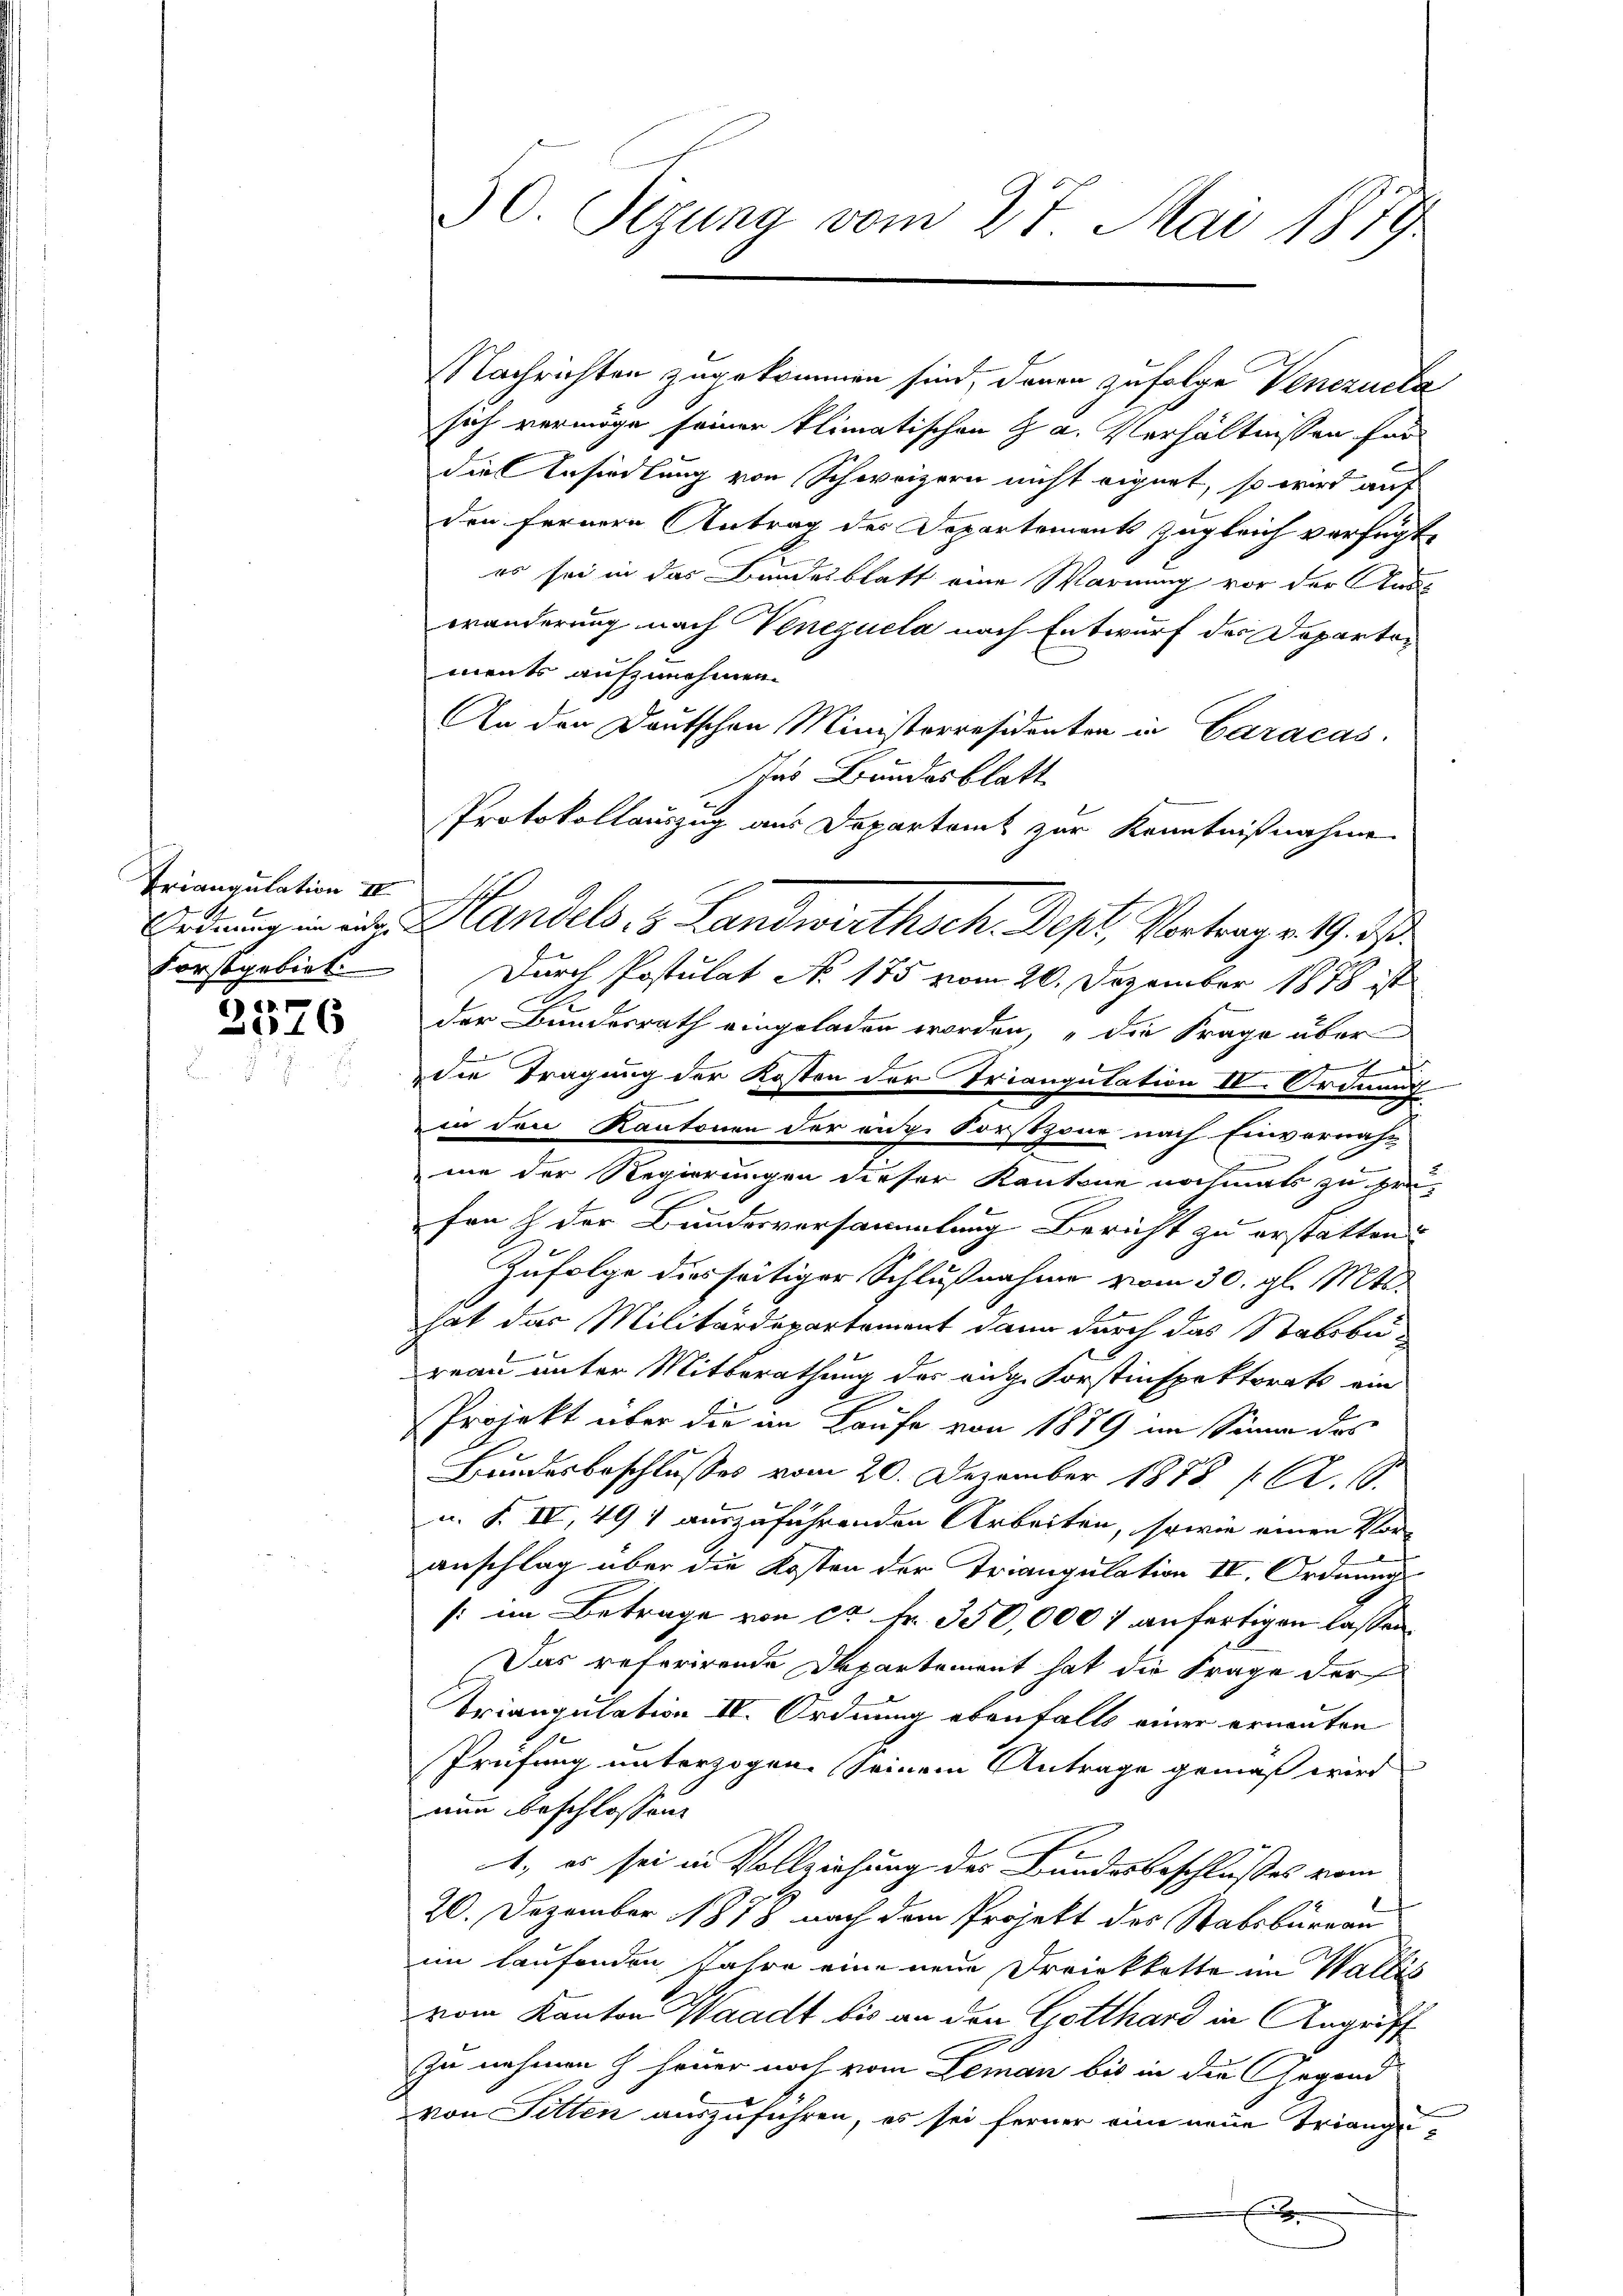
Triangulation III
Forstgelieb.

)
3016

NNachrichten zugekommen sind, denen zufolge Venezuela
sich vermöge seiner klimatischen J. a. Verhältnissen für
die Ansiedlung von Schweizern nicht eignet, so wird auf
den fernere Antrag des Departements zugleich verfügt,
es sei in das Bundesblatt eine Warnung vor der Auswänderung nach Kenequela nach Entwurf der Departoments aufzunehmen.
An den Deutschen Ministerresidenten in Caracas
Ins Bundesblatt
Protokollauszug aus Departamt zur Kenntnißnahme
Durch Postulat No. 175 vom 20. Dezember 1878 ist
der Bundesrath eingeladen worden, „die Frage über
e

die Tragung der Kosten der Triangutation IV. Ordnung
.
in den Kantonen der eige Forstzone nach Einvernah-
me der Regierungen dieser Kantone nochmals zu prü
fen & der Bundesversammlung Bericht zu erstatten
Zufolge diesseitiger Schlußnahme vom 30. gl. Mts.
hat das Militärdepartement dann durch das Stabsbu-
reau unter Mitterathung der eige Forstinspektorats ein
Projekt über die in Laufe von 1879 im Sinne des
Bundesbeschlusses vom 20. Dezember 1888 Al. 10.
u. §. IV, 494 auszuführenden Arbeiten, sowie einen Vor-
E
anschlag über die Kosten der Triangulation IV. Ordnung
: im Betrage von ca Fr. 350,000 1 anfertigen lassen,
Das referirende Departement hat die Frage der
Triangulation IV. Ordnung ebenfalls einer erneuten
.
Prüfung unterzogen. Seinem Antrage gemäß wird
nun beschlossen:
4, es sei in Vollziehung des Bundesbeschlusses vom
20. Dezember 1878 nach dem Projekt des Stabsbureau
im laufenden Jahre eine neue Dreikkotte im Wallis
vom Kanton Waadt bis an den Gotthard in Angriff
zu nehmen h heuer noch vom Leman bis in die Gegend
von Sitten auszuführen, es sei ferner eine neue Triangex

30. Sezung vom 27. Mai 1879

Ordnung in eit. Handels, 3 Landwirthsch. Sept. Vortrag v. 19. ds.